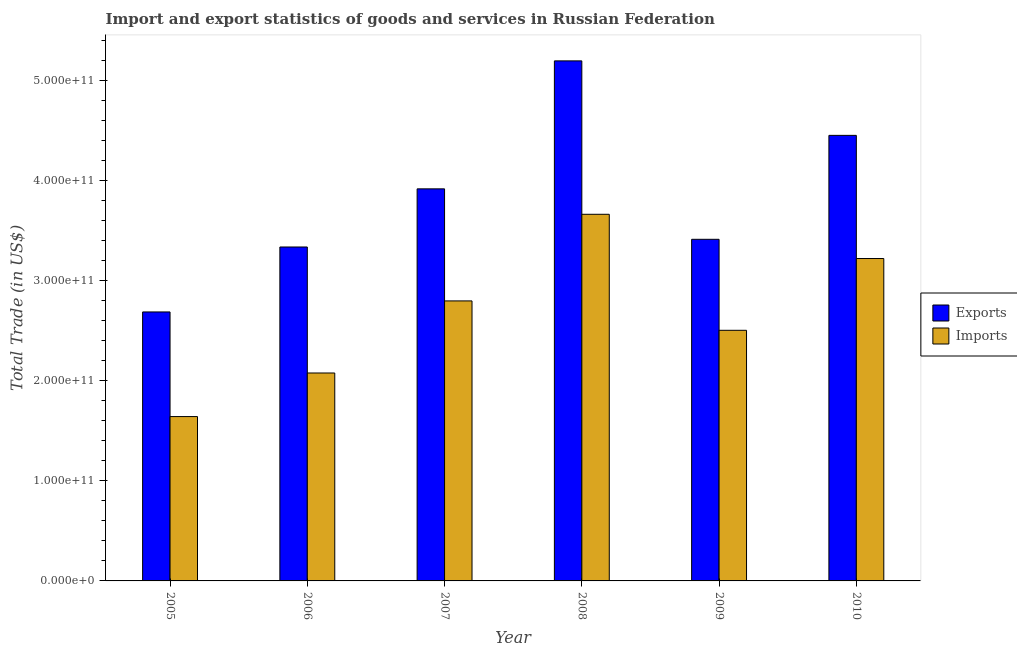
| Year | Exports | Imports |
 | --- | --- | --- |
 | 2005 | 2.69e+11 | 1.64e+11 |
 | 2006 | 3.34e+11 | 2.08e+11 |
 | 2007 | 3.92e+11 | 2.8e+11 |
 | 2008 | 5.2e+11 | 3.67e+11 |
 | 2009 | 3.42e+11 | 2.51e+11 |
 | 2010 | 4.46e+11 | 3.22e+11 |